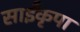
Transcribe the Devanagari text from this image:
साईंकृपा